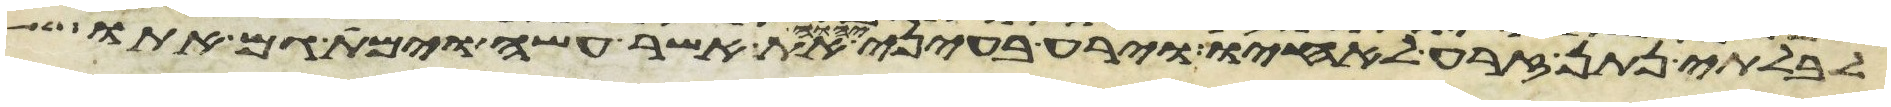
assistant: לבלתי נתן זרע לאחיו וירע בעיני יהוה את אשר עשה וימת גם אתו